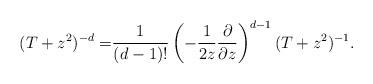
LaTeX: \begin{align*}(T+z^2)^{-d}=&\frac{1}{(d-1)!}\left(-\frac{1}{2z}\frac{\partial}{\partial z}\right)^{d-1}(T+z^2)^{-1}.\end{align*}